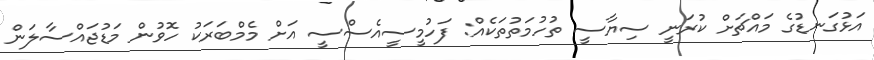
އަޅުގަނޑުގެ މައްޗަށް ކުރަނީ ސިޔާސީ ތުހުމަތުތަކެއް: ފަހުމީސީއެސްސީ އަށް މެމްބަރަކު ހޮވުން މަޑުޖައްސާލަން